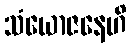
သံယောဇနေဟိ